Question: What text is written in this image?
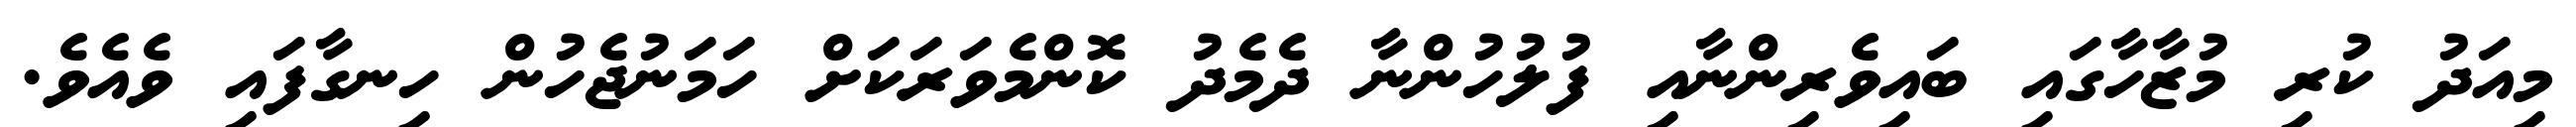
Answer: މިއަދު ކުރި މުޒާހާގައި ބައިވެރިންނާއި ފުލުހުންނާ ދެމެދު ކޮންމެވަރަކަށް ހަމަނުޖެހުން ހިނގާފައި ވެއެވެ.